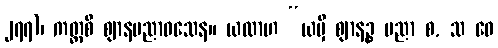
၂၇၇)၊ ကတ္ထစိ ဈာနပညာဝသေန။ ယထာဟ “ယမှိ ဈာနဉ္စ ပညာ စ, သ ဝေ